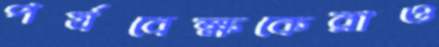
পর্যবেক্ষকেরাও